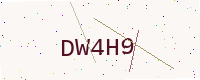
Text: DW4H9